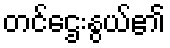
တင်ဌေးနွယ်၏